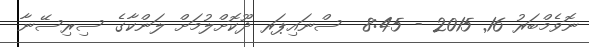
ނޮވެމްބަރު 16